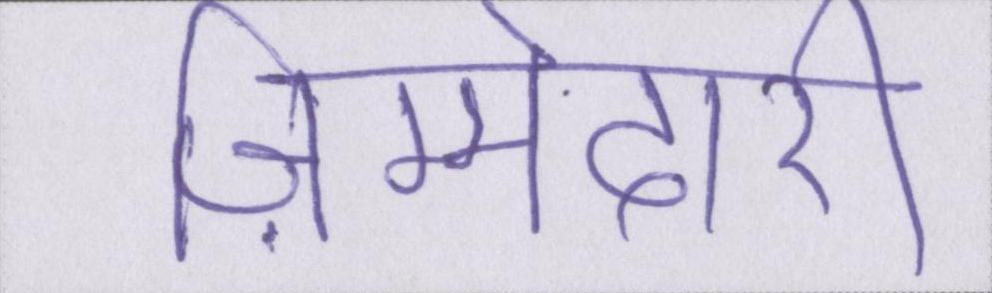
ज़िम्मेदारी